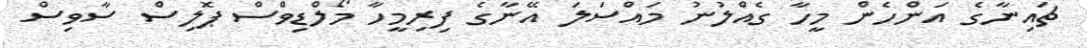
ޗައިނާގެ އަންހެން މީހާ ގެއްލުނު މައްސަލަ އޭނާގެ ފިރިމީހާ މޯލްޑިވްސް ޕޮލިސް ސާވިސް